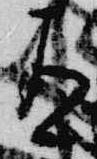
有